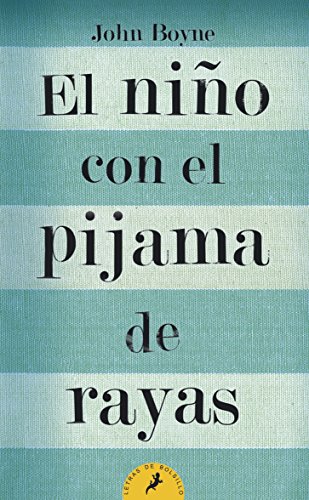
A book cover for Nino con el pijama de rayas, El (Letras De Bolsillo / Pocket Letters) (Spanish Edition); John Boyne; Literature & Fiction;